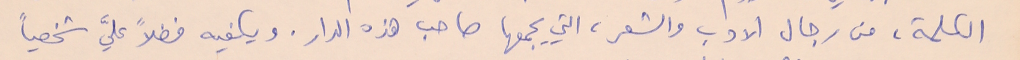
الكلمة، من رجال الادب والشعر، التي يجمعها صاحب هذه الدار. ويكفيه فضلاً عليَّ شخصياً